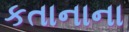
કતાનાના